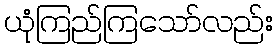
ယုံကြည်ကြသော်လည်း